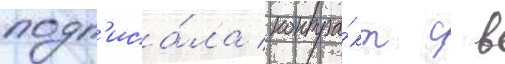
подп'иса́ла контра́кт с в